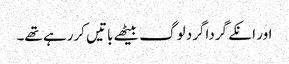
اور انکے گرداگرد لوگ بیٹھے باتیں کررہے تھے۔